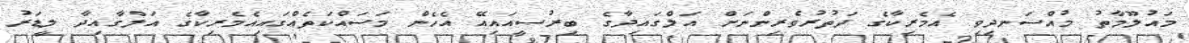
މައުލޫމާތު މުއްސަނދިވި އެމެރިކާގެ ދަތުރުވެރިންނަށް އަލްގައިދާގެ ބިރުސީއައިއޭ އެހެން މަސައްކަތެއްގައިއެމެރިކާގެ އަލްގާއިދާ ލީޑަރު